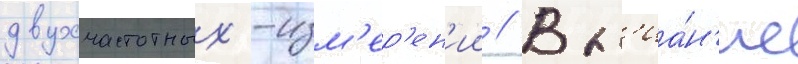
двухчастотных -изм'ер'ен'ии // Вл'иа́н'ие